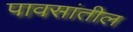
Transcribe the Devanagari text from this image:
पावसांतील